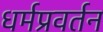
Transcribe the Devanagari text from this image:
धर्मप्रवर्तन